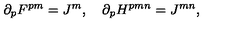
\partial _ { p } F ^ { p m } = J ^ { m } , \quad \partial _ { p } H ^ { p m n } = J ^ { m n } ,